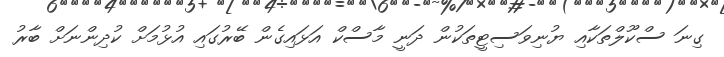
ގިނަ ސްކޫލްތަކާއި ޔުނިވަސިޓީތަކުން ދަނީ މާސްކް އަޅައިގެން ބޭރުގައި އުޅުމަށް ކުދިންނަށް ބާރު